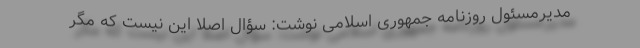
مدیرمسئول روزنامه جمهوری اسلامی نوشت: سؤال اصلاً این نیست که مگر